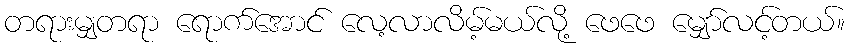
တရားမျှတရာ ရောက်အောင် လေ့လာလိမ့်မယ်လို့ ဖေဖေ မျှော်လင့်တယ်။